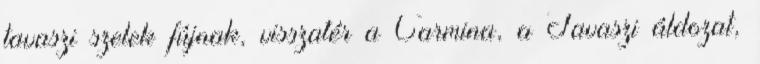
tavaszi szelek fújnak, visszatér a Carmina, a Tavaszi áldozat,